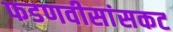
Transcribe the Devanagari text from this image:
फडणवीसांसकट